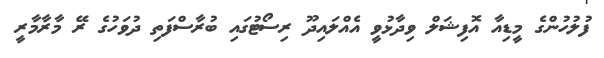
ފުލުހުންގެ މީޑިއާ އޮފިޝަލް ވިދާޅުވީ އެއްލައިދޫ ރިސޯޓުގައި ބުރާސްފަތި ދުވަހުގެ ރޭ މާރާމާރީ